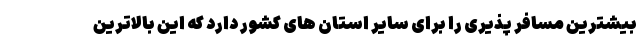
بیشترین مسافر پذیری را برای سایر استان های کشور دارد که این بالاترین